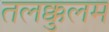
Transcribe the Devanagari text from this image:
तलक्कुलम